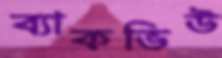
ব্যাকভিউ